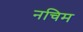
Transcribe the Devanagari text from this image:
नचिम